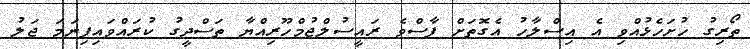
ތޯރިގު ހުށަހެޅުއްވި އެ އިސްލާހު އެގޮތަށް ފާސްވެ ރައީސުލްޖުމްހޫރިއްޔާ ތަސްދީގު ކުރައްވައިފިނަމަ ޖަލު